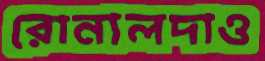
রোনালদাও